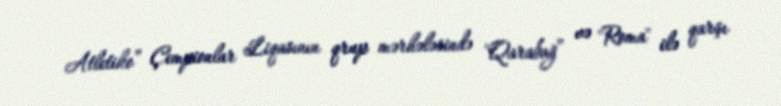
Atletiko” Çempionlar Liqasının qrup mərhələsində "Qarabağ” və "Roma" ilə qarşı